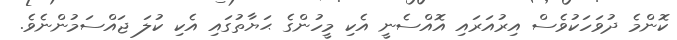
ކޮންމެ ދުވަހަކުވެސް އިރުއަރައި އޮއްސެނީ އެކި މީހުންގެ ޙަޔާތުގައި އެކި ކުލަ ޖައްސަމުންނެވެ.